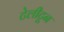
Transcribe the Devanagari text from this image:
टेलीटून